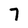
Character: 7